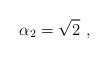
LaTeX: \begin{align*} \alpha_2 = \sqrt{2}\ ,\end{align*}